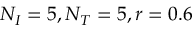
N _ { I } = 5 , N _ { T } = 5 , r = 0 . 6